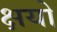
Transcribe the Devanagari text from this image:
क्षयो